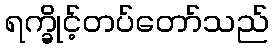
ရက္ခိုင့်တပ်တော်သည်